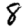
Digit: 8